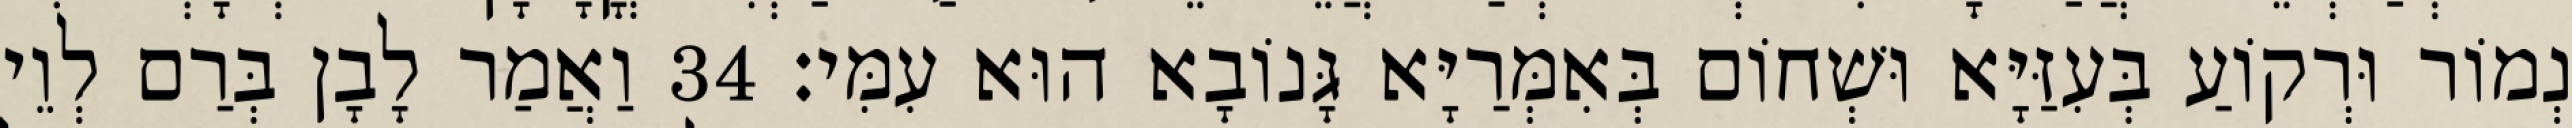
נְמוֹר וּרְקוֹעַ בְּעִזַּיָּא וּשְׁחוֹם בְּאִמְּרַיָּא גָּנוֹבָא הוּא עִמִּי׃ 34 וַאֲמַר לָבָן בְּרַם לְוֵי